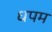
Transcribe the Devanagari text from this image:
धपम